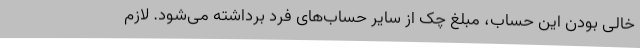
خالی بودن این حساب، مبلغ چک از سایر حساب‌های فرد برداشته می‌شود. لازم